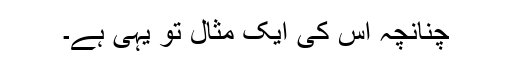
چنانچہ اس کی ایک مثال تو یہی ہے۔